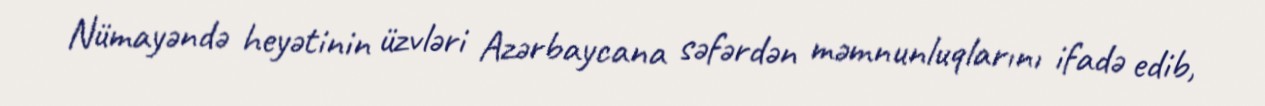
Nümayəndə heyətinin üzvləri Azərbaycana səfərdən məmnunluqlarını ifadə edib,